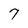
Character: 7